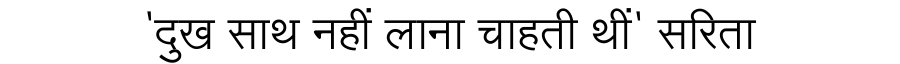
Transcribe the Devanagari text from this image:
'दुख साथ नहीं लाना चाहती थीं' सरिता